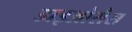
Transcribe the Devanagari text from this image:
डाइओसैस